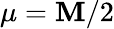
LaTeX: \mu=\mathbf{M}/2